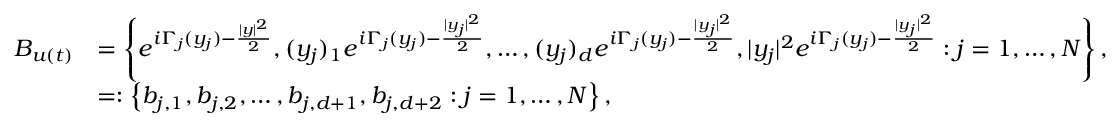
\begin{array} { r l } { B _ { u ( t ) } } & { = \left\{ e ^ { i \Gamma _ { j } ( y _ { j } ) - \frac { | y | ^ { 2 } } { 2 } } , ( y _ { j } ) _ { 1 } e ^ { i \Gamma _ { j } ( y _ { j } ) - \frac { | y _ { j } | ^ { 2 } } { 2 } } , \dots , ( y _ { j } ) _ { d } e ^ { i \Gamma _ { j } ( y _ { j } ) - \frac { | y _ { j } | ^ { 2 } } { 2 } } , | y _ { j } | ^ { 2 } e ^ { i \Gamma _ { j } ( y _ { j } ) - \frac { | y _ { j } | ^ { 2 } } { 2 } } : j = 1 , \dots , N \right\} , } \\ & { = : \left\{ b _ { j , 1 } , b _ { j , 2 } , \dots , b _ { j , d + 1 } , b _ { j , d + 2 } : j = 1 , \dots , N \right\} , } \end{array}